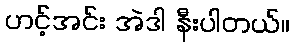
ဟင့်အင်း အဲဒါ နီးပါတယ်။